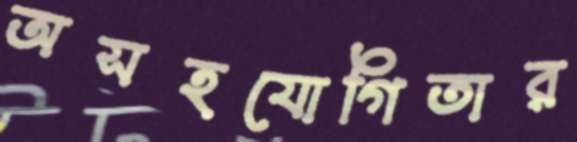
অসহযোগিতার